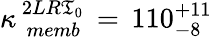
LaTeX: \kappa_{\, \, memb}^{\, 2LR\mathfrak{T}_{0}}\, =\, 110_{-8}^{+11}